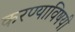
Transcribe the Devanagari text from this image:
करण्‍याविषयी